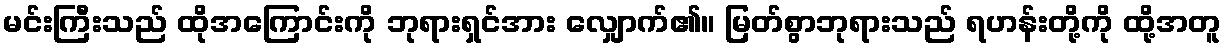
မင်းကြီးသည် ထိုအကြောင်းကို ဘုရားရှင်အား လျှောက်၏။ မြတ်စွာဘုရားသည် ရဟန်းတို့ကို ထို့အတူ